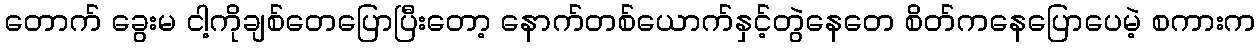
တောက် ခွေးမ ငါ့ကိုချစ်တေပြောပြီးတော့ နောက်တစ်ယောက်နှင့်တွဲနေတေ စိတ်ကနေပြောပေမဲ့ စကားက